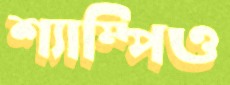
শ্যাম্পিও